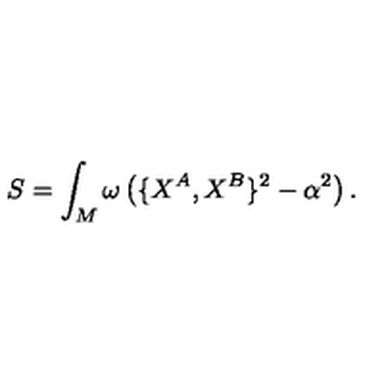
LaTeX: S = \int _ { M } \omega \left( \{ X ^ { A } , X ^ { B } \} ^ { 2 } - \alpha ^ { 2 } \right) .